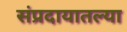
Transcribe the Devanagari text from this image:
संप्रदायातल्या